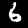
Digit: 6